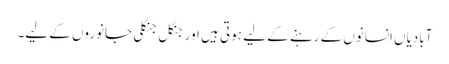
آبادیاں انسانوں کے رہنے کے لیے ہوتی ہیں اور جنگل جنگلی جانوروں کے لیے۔